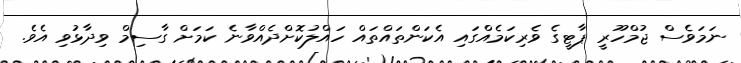
ނަމަވެސް ޖުމްހޫރީ ޕާޓީގެ ވެރިކަމެއްގައި އެކަންތައްތައް ހައްލުކޮށްދެއްވާނެ ކަމަށް ގާސިމް ވިދާޅުވި އެވެ.